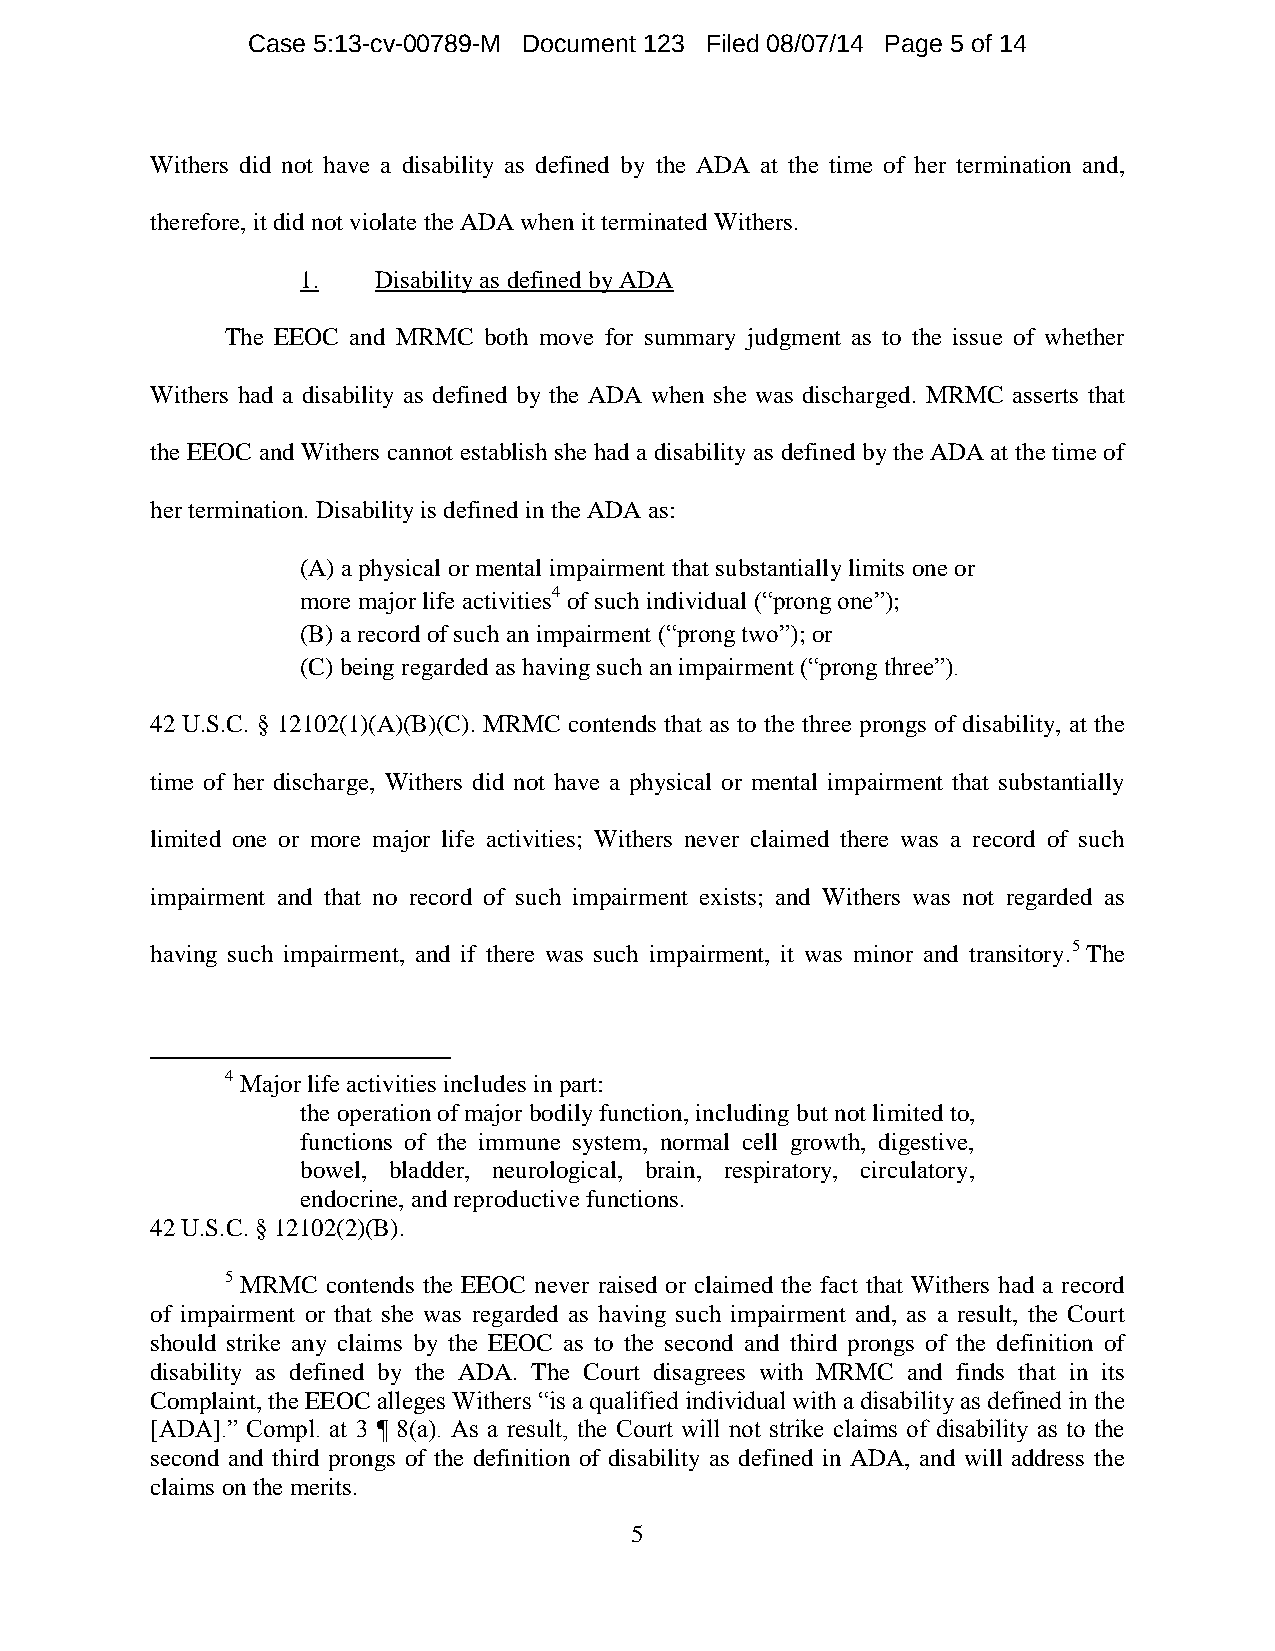
Case 5:13-cv-00789-M Document 123 Filed 08/07/14 Page 5 of 14
 Withers did not have a disability as defined by the ADA at the time of her termination and,
 therefore, it did not violate the ADA when it terminated Withers.
 1.   Disability as defined by ADA
 The EEOC and MRMC both move for summary judgment as to the issue of whether
 Withers had a disability as defined by the ADA when she was discharged. MRMC asserts that
 the EEOC and Withers cannot establish she had a disability as defined by the ADA at the time of
 her termination. Disability is defined in the ADA as:
 (A) a physical or mental impairment that substantially limits one or
 more major life activities4 of such individual (“prong one”);
 (B) a record of such an impairment (“prong two”); or
 (C) being regarded as having such an impairment (“prong three”).
 42 U.S.C. § 12102(1)(A)(B)(C). MRMC contends that as to the three prongs of disability, at the
 time of her discharge, Withers did not have a physical or mental impairment that substantially
 limited one or more major life activities; Withers never claimed there was a record of such
 impairment and that no record of such impairment exists; and Withers was not regarded as
 having such impairment, and if there was such impairment, it was minor and transitory.5 The
 4 Major life activities includes in part:
 the operation of major bodily function, including but not limited to,
 functions of the immune system, normal cell growth, digestive,
 bowel, bladder, neurological, brain, respiratory, circulatory,
 endocrine, and reproductive functions.
 42 U.S.C. § 12102(2)(B).
 5 MRMC contends the EEOC never raised or claimed the fact that Withers had a record
 of impairment or that she was regarded as having such impairment and, as a result, the Court
 should strike any claims by the EEOC as to the second and third prongs of the definition of
 disability as defined by the ADA. The Court disagrees with MRMC and finds that in its
 Complaint, the EEOC alleges Withers “is a qualified individual with a disability as defined in the
 [ADA].” Compl. at 3 ¶ 8(a). As a result, the Court will not strike claims of disability as to the
 second and third prongs of the definition of disability as defined in ADA, and will address the
 claims on the merits.
 5